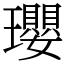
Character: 瓔